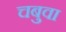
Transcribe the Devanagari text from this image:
चबुवा